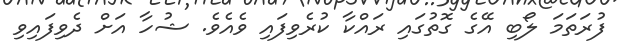
ފުރަތަމަ ލޯބި އޭގެ ގޮތުގައި ރައްކާ ކުރެވިފައި ވެއެވެ. ޝުހާ އަށް ދެވިފައިވި